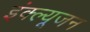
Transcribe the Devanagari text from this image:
इंक्ल्यूजन